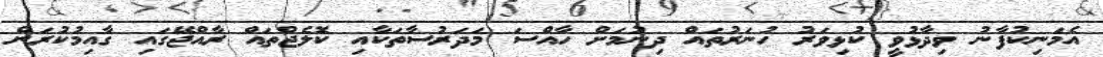
އެމަނިކުފާނު ވިދާޅުވީ ކުޅިވަރު ހުނަރުތައް ދިނުމަށް ހާއްސަ މަދަރުސާތަކާއި ކޮލެޖްތައް ރާއްޖޭގައި ގާއިމުކުރަން